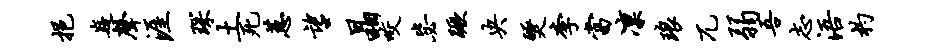
挹嶷声涯琛土死蕙望晶咬毖蹶央燹李当凛琅兀弱吾志浯杓